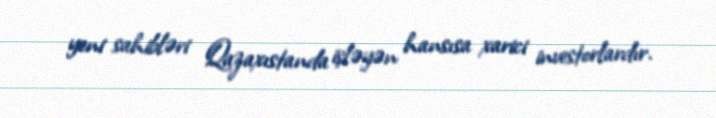
yeni sahibləri Qazaxıstanda işləyən hansısa xarici investorlardır.